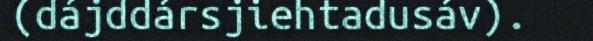
(dájddársjiehtadusáv).